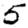
Digit: 5